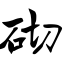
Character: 砌